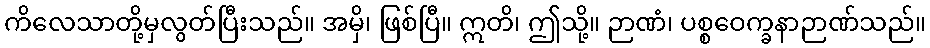
ကိလေသာတို့မှလွတ်ပြီးသည်။ အမှိ၊ ဖြစ်ပြီ။ ဣတိ၊ ဤသို့။ ဉာဏံ၊ ပစ္စဝေက္ခနာဉာဏ်သည်။